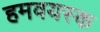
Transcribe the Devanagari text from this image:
हमवयस्क